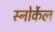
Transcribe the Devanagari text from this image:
स्नोर्केल